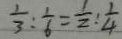
\frac { 1 } { 3 } : \frac { 1 } { 6 } = \frac { 1 } { 2 } : \frac { 1 } { 4 }